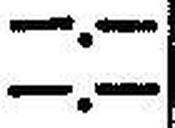
—.—